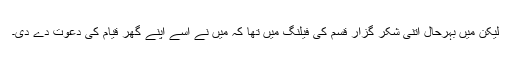
لیکن میں بہرحال اتنی شکر گزار قسم کی فیلنگ میں تھا کہ میں نے اسے اپنے گھر قیام کی دعوت دے دی۔